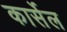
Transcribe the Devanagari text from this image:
कार्सेल